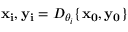
\mathbf { x _ { i } } , \mathbf { y _ { i } } = D _ { \theta _ { i } } \{ \mathbf { x _ { 0 } } , \mathbf { y _ { 0 } } \}